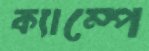
ক্যাম্পে